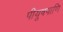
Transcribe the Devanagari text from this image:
पीयूषपाणि